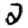
Digit: 2